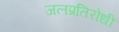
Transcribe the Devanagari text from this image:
जलप्रतिरोधी